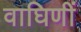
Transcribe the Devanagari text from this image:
वाघिणीं